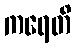
ကရေတိ